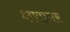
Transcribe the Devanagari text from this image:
क्षणावर